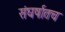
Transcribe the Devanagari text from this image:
संघर्षातच